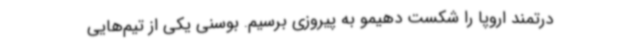
درتمند اروپا را شکست دهیمو به پیروزی برسیم. بوسنی یکی از تیم‌هایی